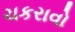
ચકરાવો